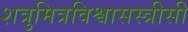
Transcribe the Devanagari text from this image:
शत्रुमित्रविश्वासस्त्रीसी